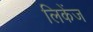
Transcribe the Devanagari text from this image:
लिकेंज